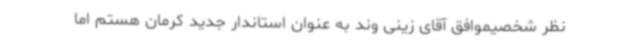
نظر شخصیموافق آقای زینی وند به عنوان استاندار جدید کرمان هستم اما